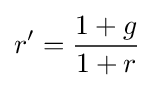
r'={\frac {1+g}{1+r}}